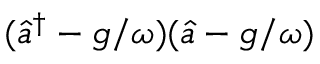
( \hat { a } ^ { \dagger } - g / \omega ) ( \hat { a } - g / \omega )